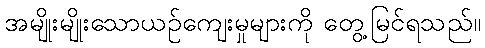
အမျိုးမျိုးသောယဉ်ကျေးမှုများကို တွေ့မြင်ရသည်။